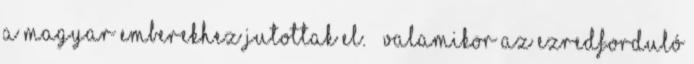
a magyar emberekhez jutottak el. — Valamikor az ezredforduló